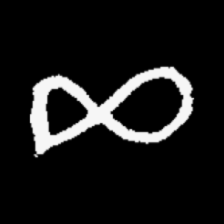
Pyu character \u2014 Myanmar letter: ဆ (romanized: cha)